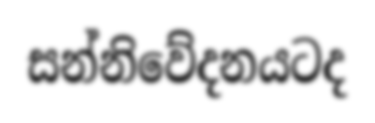
සන්නිවේදනයටද